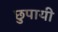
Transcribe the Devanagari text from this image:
छुपायी